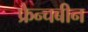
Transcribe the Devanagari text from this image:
फ्रेन्चबीन